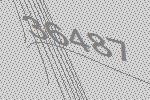
36487